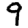
Digit: 9